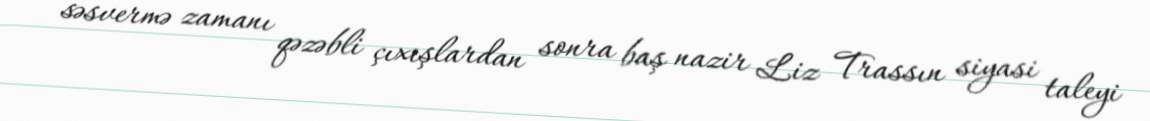
səsvermə zamanı qəzəbli çıxışlardan sonra baş nazir Liz Trassın siyasi taleyi